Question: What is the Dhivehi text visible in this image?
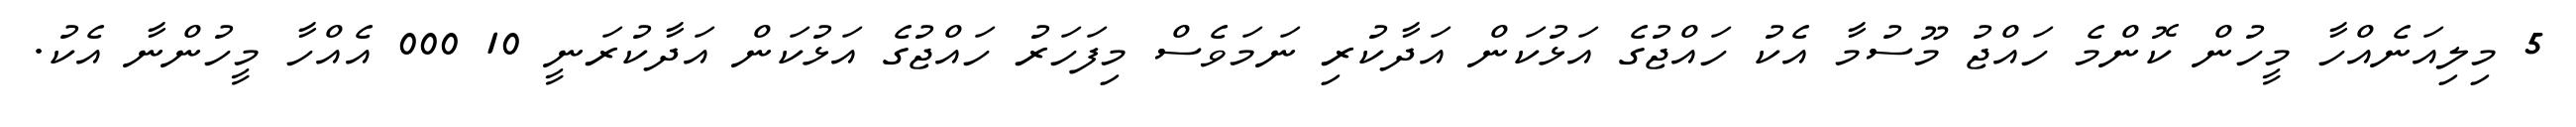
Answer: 5 މިލިއަނެއްހާ މީހުން ކޮންމެ ހައްޖު މޫސުމާ އެކު ހައްޖުގެ އަޅުކަން އަދާކުރި ނަމަވެސް މިފަހަރު ހައްޖުގެ އަޅުކަން އަދާކުރަނީ 10 000 އެއްހާ މީހުންނާ އެކު.